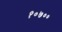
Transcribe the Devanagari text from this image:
१०७००